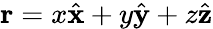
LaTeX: \mathbf{r}=x\hat{\mathbf{x}}+y\hat{\mathbf{y}}+z\hat{\mathbf{z}}